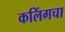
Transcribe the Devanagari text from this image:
कलिंगचा